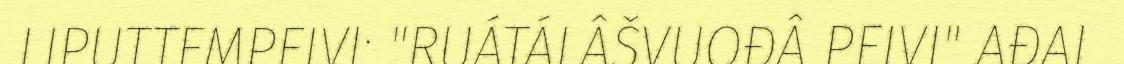
LIPUTTEMPEIVI: "RUÁTÁLÂŠVUOĐÂ PEIVI" AĐAI